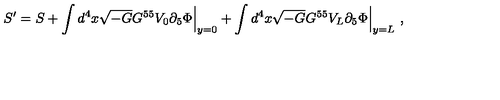
S ^ { \prime } = S + \int d ^ { 4 } x \sqrt { - G } G ^ { 5 5 } V _ { 0 } \partial _ { 5 } \Phi \Bigr | _ { y = 0 } + \int d ^ { 4 } x \sqrt { - G } G ^ { 5 5 } V _ { L } \partial _ { 5 } \Phi \Bigr | _ { y = L } \ ,